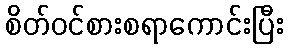
စိတ်ဝင်စားစရာကောင်းပြီး